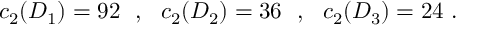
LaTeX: c _ { 2 } ( D _ { 1 } ) = 9 2 ~ ~ , ~ ~ c _ { 2 } ( D _ { 2 } ) = 3 6 ~ ~ , ~ ~ c _ { 2 } ( D _ { 3 } ) = 2 4 ~ .